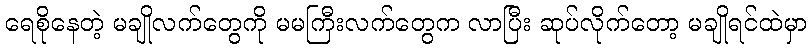
ရေစိုနေတဲ့ မချိုလက်တွေကို မမကြီးလက်တွေက လာပြီး ဆုပ်လိုက်တော့ မချိုရင်ထဲမှာ